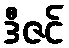
ဒီဇင်